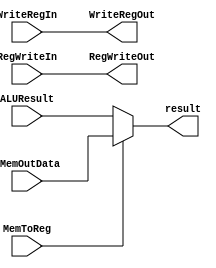
//write-back Stage
module stageWriteback (DMemOutData, ALUResult, MemToReg,
                       WriteRegIn, WriteRegOut,
                       RegWriteIn, RegWriteOut,
                       result);
  input [15:0] DMemOutData, ALUResult;
  input [2:0] WriteRegIn;
  input RegWriteIn, MemToReg;

  output [2:0] WriteRegOut;
  output RegWriteOut;
  output [15:0] result;

  //assign ctrl sigs that get passsed back to Decode
  assign WriteRegOut = WriteRegIn;
  assign RegWriteOut = RegWriteIn;

  assign result[15:0] = MemToReg ? DMemOutData[15:0] : ALUResult[15:0];

endmodule //